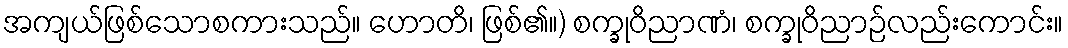
အကျယ်ဖြစ်သောစကားသည်။ ဟောတိ၊ ဖြစ်၏။) စက္ခုဝိညာဏံ၊ စက္ခုဝိညာဉ်လည်းကောင်း။